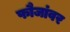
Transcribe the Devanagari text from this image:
फौजांवर